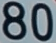
80